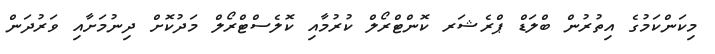
މިކަންކަމުގެ އިތުރުން ބްލަޑް ޕްރެޝަރ ކޮންޓްރޯލް ކުރުމާއި ކޮލެސްޓްރޯލް މަދުކޮށް ދިނުމަށާއި ވަރުދަން